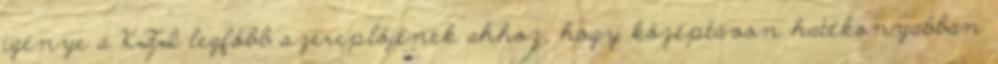
igénye a KFI legfőbb szereplőjének ahhoz, hogy középtávon hatékonyabban